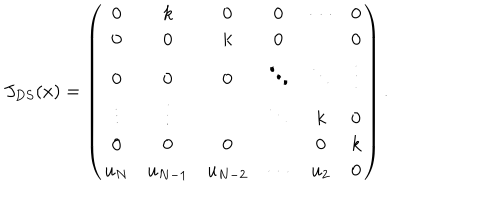
LaTeX: J _ { D S } ( x ) = \left( \begin{array} { c c c c c c } { { 0 } } & { { k } } & { { 0 } } & { { 0 } } & { { \cdots } } & { { 0 } } \\ { { 0 } } & { { 0 } } & { { k } } & { { 0 } } & { { } } & { { 0 } } \\ { { 0 } } & { { 0 } } & { { 0 } } & { { \ddots } } & { { \ddots } } & { { \vdots } } \\ { { \vdots } } & { { \vdots } } & { { } } & { { \ddots } } & { { k } } & { { 0 } } \\ { { 0 } } & { { 0 } } & { { 0 } } & { { } } & { { 0 } } & { { k } } \\ { { u _ { N } } } & { { u _ { N - 1 } } } & { { u _ { N - 2 } } } & { { \cdots } } & { { u _ { 2 } } } & { { 0 } } \\ \end{array} \right) .